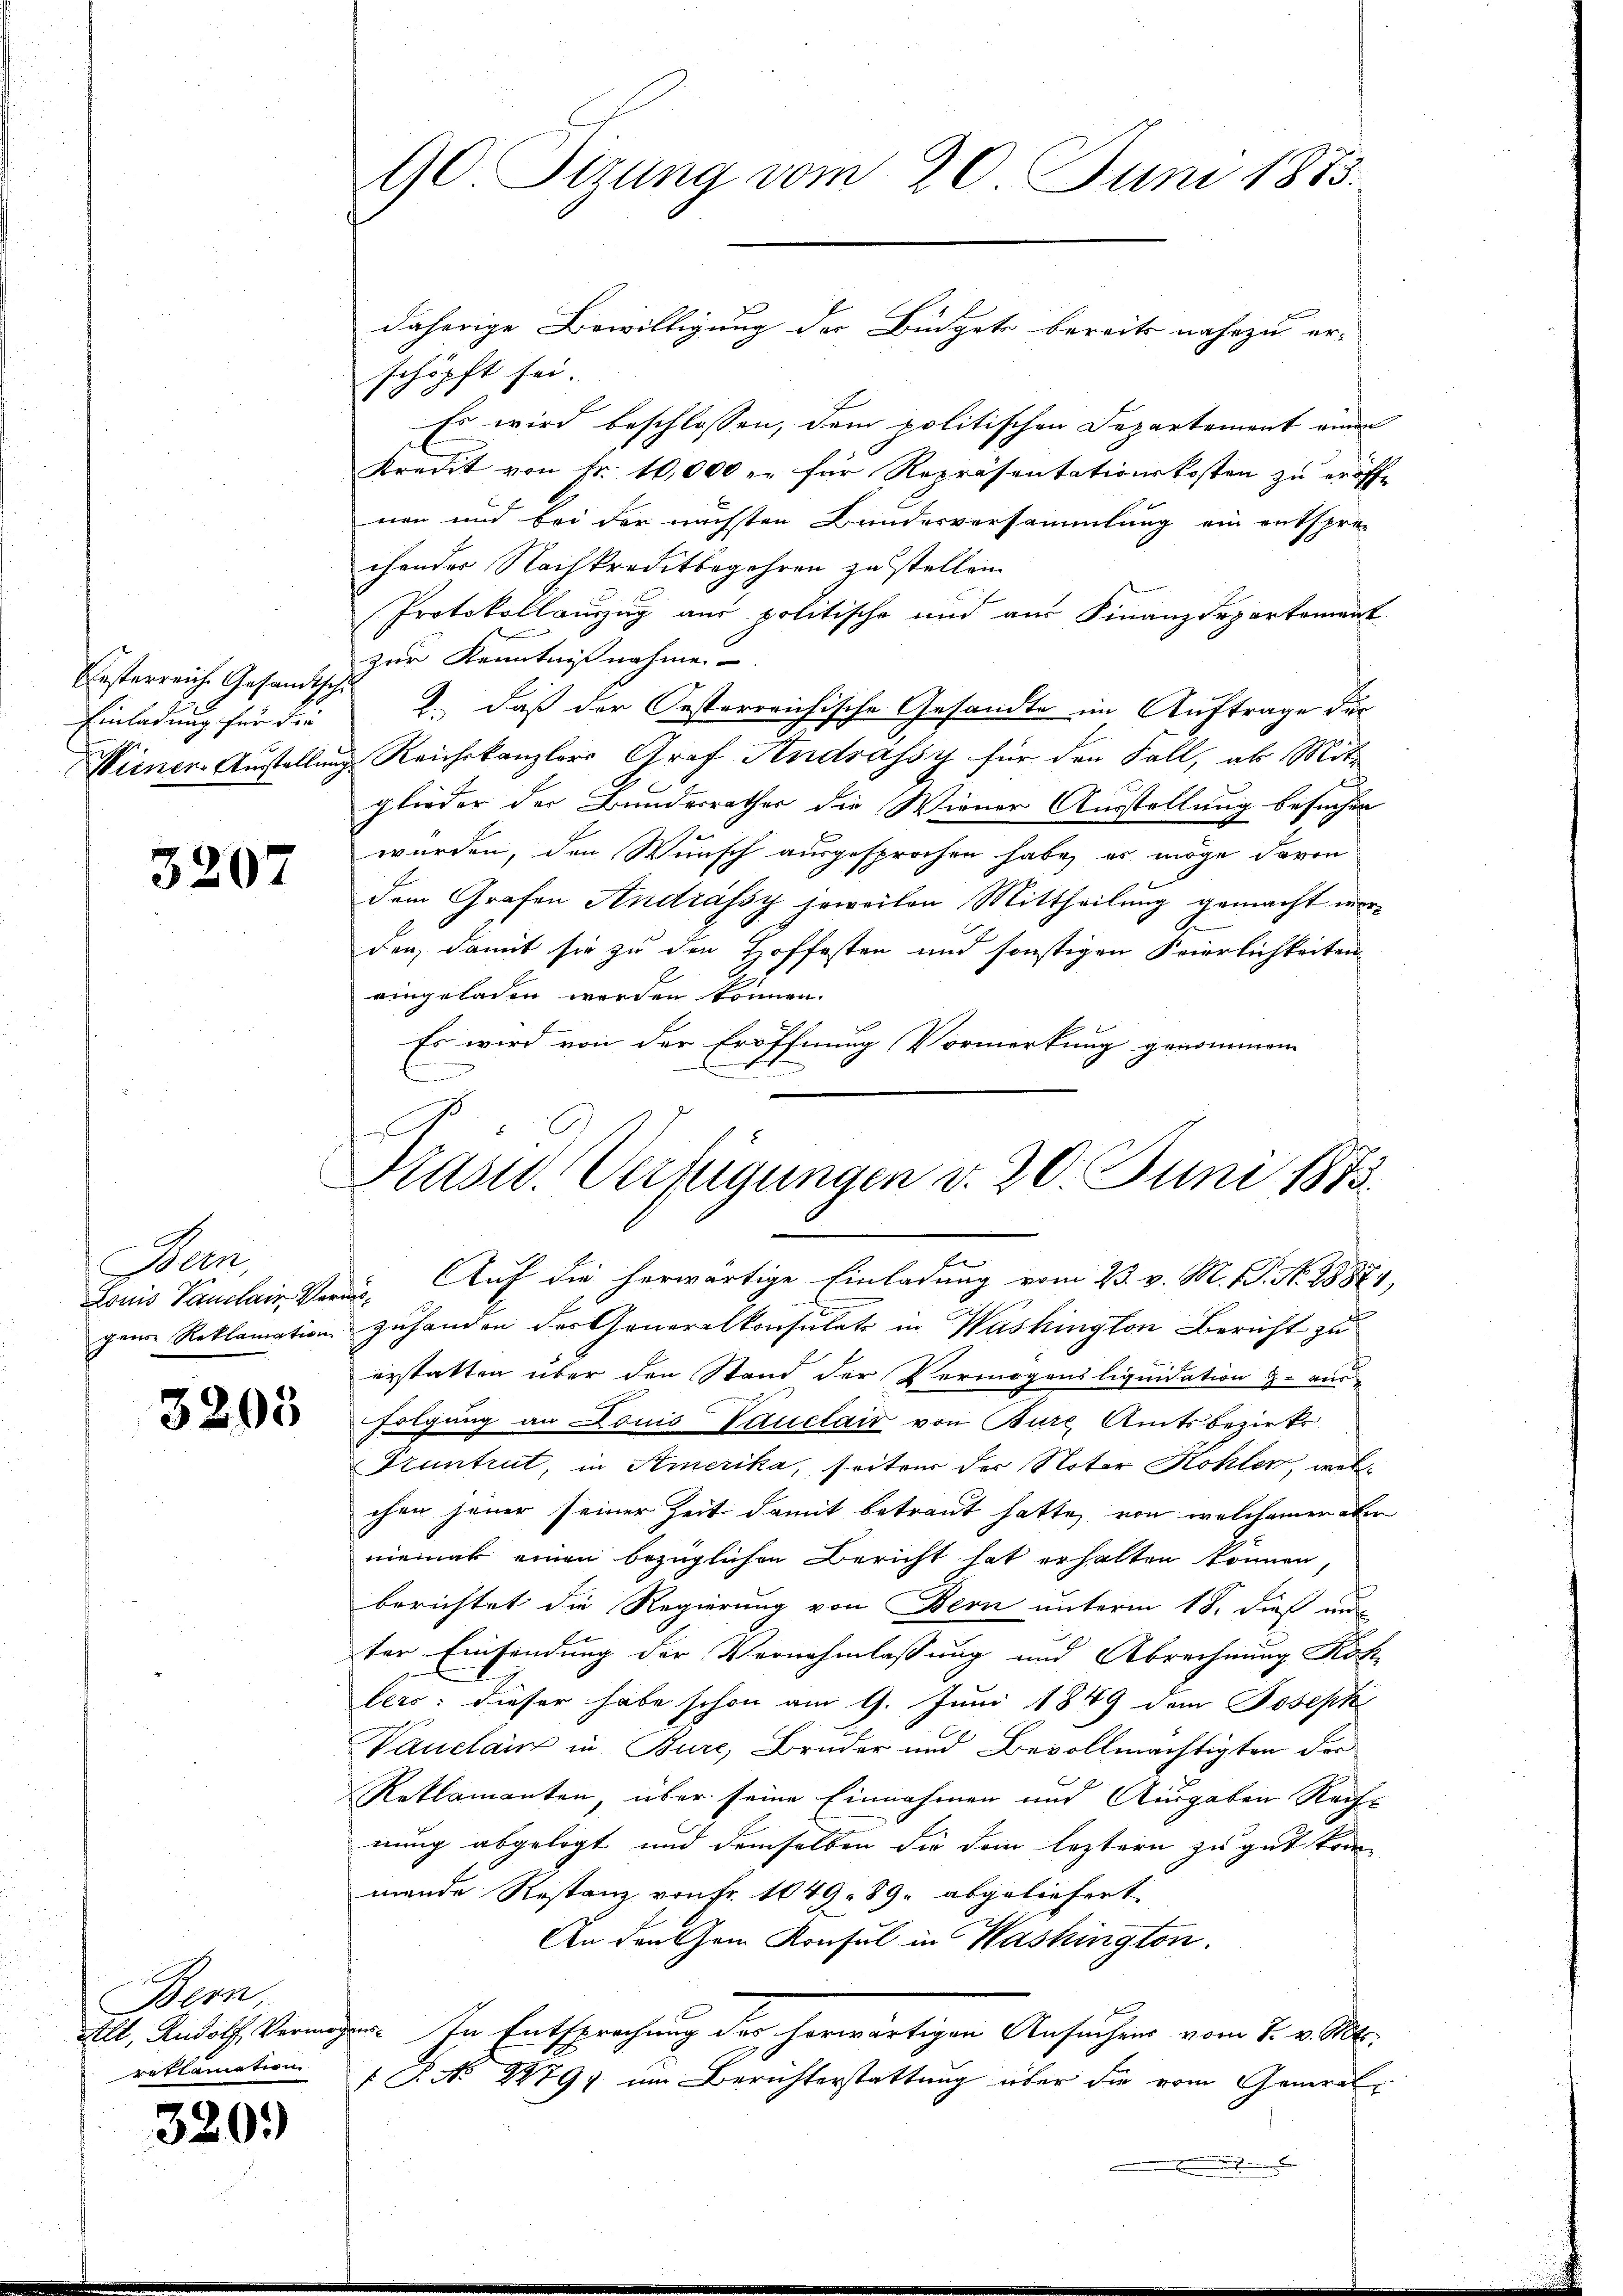
Resterreich Gesandten
Einladung für die
Wiener-Austellung

3207

Bern,

3203

Bern.
reklamation

320.

90. Sitzung vom 20. Juni 1883.

schöpft sei.
Es wird beschlossen, dem politischen Departement einen
Kredit von fr. 10,000 u. für Repräsentationskosten zu eröffe
nen und bei der nächsten Bundesversammlung ein entspre-
chender Nachkreditbegehren zu stellen.
Protokollauszug aus politische und aus Finanzdepartement
zur Kenntnißnahme.
i
2.) Daß der Jesterreichische Gesandte im Auftrage der
 Reichskanzlers Graf Andrassy für den Fall, als Mit-
glieder der Bunderrathes die Wiener Ausstellung besuchen
wurden, den Wunsch ausgesprochen habe, es möge davon
dem Grafen Andrassy jeweilen Mittheilung gemacht werden, damit sie zu den Hoffesten und sonstigen Feierlichkeiten
eingeladen werden können.
Es wird von der Eröffnung Vormerkung genommen

Louis Vanclain Verei. Auf die herwärtige Einladung vom 23. v. M. 1. No. 18871,
gene Reklamation zuhanden der Generalkonsulat in Washington Bericht zu
erstatten über den Stand der Vermögensliquidation z. aus-
folgung an Louis Vauclair von Burg, Amtsbezirks
Fruntrut, in Amerika, seiten der Noter Kohlen, welchen jener seiner Zeit damit betraut hatte, von welchemer aben
niemak einen bezüglichen Bericht hat erhalten können,
berichtet die Regierung von Bern unterm 18. dieß un
ter Einsendung der Vernehmlassung und Abrechnung Koh
lers: dieser habe schon am 9. Juni 1849 dem Joseph
Vauclanz in Bure, Bruder und Bevollmächtigten der
Reklamanten, über seine Einnahmen und Ausgaben Rechnung abgelegt und demselben die dem leztern zu gut kom-
mende Restanz von fr. 1049. 89. abgeliefert.
An den Cham Konsul in Washington.
All, Rudoth Vermögen. In Entsprechung des herwärtigen Ansuchens vom 7. v. Mts.
 P. No 22791 im Berichterstattung über die vom General¬
.

daherige Bewilligung der Büdget bereits nahezu er¬

Präsid.. Verfügungen d. 20. Juni 1873.